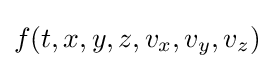
f(t,x,y,z,v_{x},v_{y},v_{z})